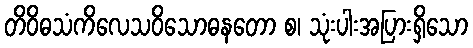
တိဝိဓသံကိလေသဝိသောဓနတော စ၊ သုံးပါးအပြားရှိသော